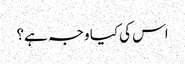
اس کی کیا وجہ ہے؟